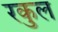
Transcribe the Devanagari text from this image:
रकुल